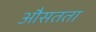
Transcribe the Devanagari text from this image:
औसतता